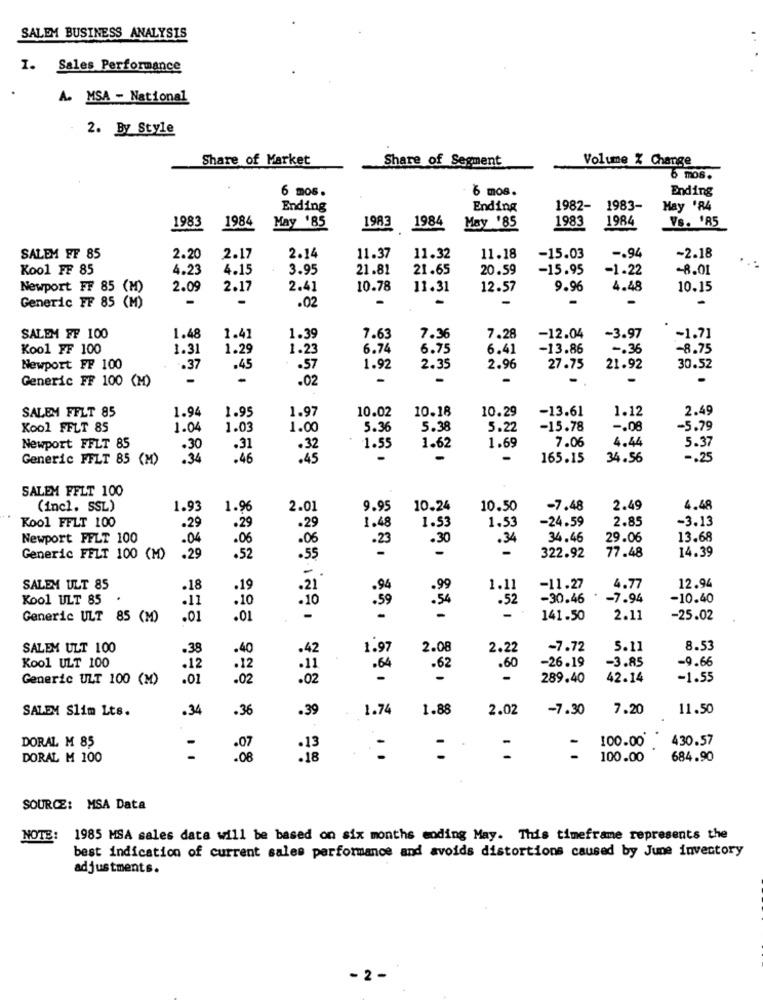
SALEM BUSINESS ANALYSIS
I. Sales Performance
A. MSA - National
2. By Style
Share of Market
Share of Segment
Volume % Change
6 mos.
6 mos.
Ending
6 mos .
Ending
Ending
1982-
1983-
May '84
1983
1984
1983
1984
Vs. 'R5
May '85
1983 1984
May '85
SALEM FF 85
2.20
2.17
2.14
11.37
11.32
11.18
-15.03
-. 94
-2.18
Kool FF 85
4.23
4.15
3.95
21.81
21.65
20.59
-15.95
-1.22
-8.01
Newport FF 85 (M)
2.09
2.17
2.41
10.78
11.31
12.57
9.96
4.48
10.15
.02
Generic FF 85 (M)
SALEM FF 100
1.48
1.41
1.39
7.63
7.36
7.28
-12.04
-3.97
-1.7]
Kool FF 100
1.31
1.29
1.23
6.74
6.75
6.41
-13.86
-. 36
-8.75
Newport FF 100
.37
.45
.57
1.92
2.35
2.96
27.75
21.92
30.52
Generic FF 100 (M)
-
.02
-
SALEM FFLT 85
1.94
1.97
10.02
10.18
10.29
-13.61
1.12
2.49
1.95
Kool FFLT 85
1.04
1.03
1.00
5.36
5.38
5.22
-15.78
-. 08
-5.79
7.06
4.44
5.37
Newport FFLT 85
.30
.31
.32
1.55
1.62
1.69
Generic FFLT 85 (M)
.34
.46
.45
-
165.15
34.56
-. 25
SALEM FFLT 100
(incl. SSL)
1.93
1.96
2.01
9.95
10.24
10.50
-7.48
2.49
4.49
1.48
1.53
1.53
-24.59
2.85
-3.13
Kool FFLT 100
.29
.29
.29
Newport FFLT 100
.04
.06
.06
.30
.34
34.46
29.06
13.68
.23
-
14.39
Generic FFLT 100 (M)
.29
.52
.55
322.92
77.48
-
12.94
SALEM ULT 85
.18
.19
. 21
1.11
-11.27
4.77
Kool ULT 85
.11
.10
.52
-30.46
-7.94
-10.40
.10
:59
:54
Generic ULT 85 (M)
.01
.01
-
141.50
2.11
-25.02
SALEM ULT 100
.38
.40
.42
1.97
2.08
2.22
-7.72
5.11
8.53
Kool ULT 100
-26.19
-3.85
-9.66
.12
.12
: 11
.64
.62
.60
Generic ULT 100 (M)
.01
.02
.02
289.40
42.14
-1.55
SALEM Slim Lts.
.34
.36
.39
1.74
1.88
2.02
-7.30
7.20
11.50
100.00
430.57
DORAL M 85
-
.13
-
-
DORAL M 100
.08
.18
100.00
684.90
SOURCE: MSA Data
NOTE:
1985 MSA sales data will be based on six months coding May. This timeframe represents the
best indication of current sales performance and avoids distortions caused by June inventory
adjustments.
2 -